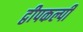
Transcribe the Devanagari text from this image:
द्वीपकल्पी